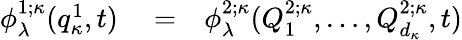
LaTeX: \begin{array}{rlr}{\phi_{\lambda}^{1;\kappa}(q_{\kappa}^{1},t)}&{{}=}&{\phi_{\lambda}^{2;\kappa}(Q_{1}^{2;\kappa},\ldots,Q_{d_{\kappa}}^{2;\kappa},t)}\end{array}